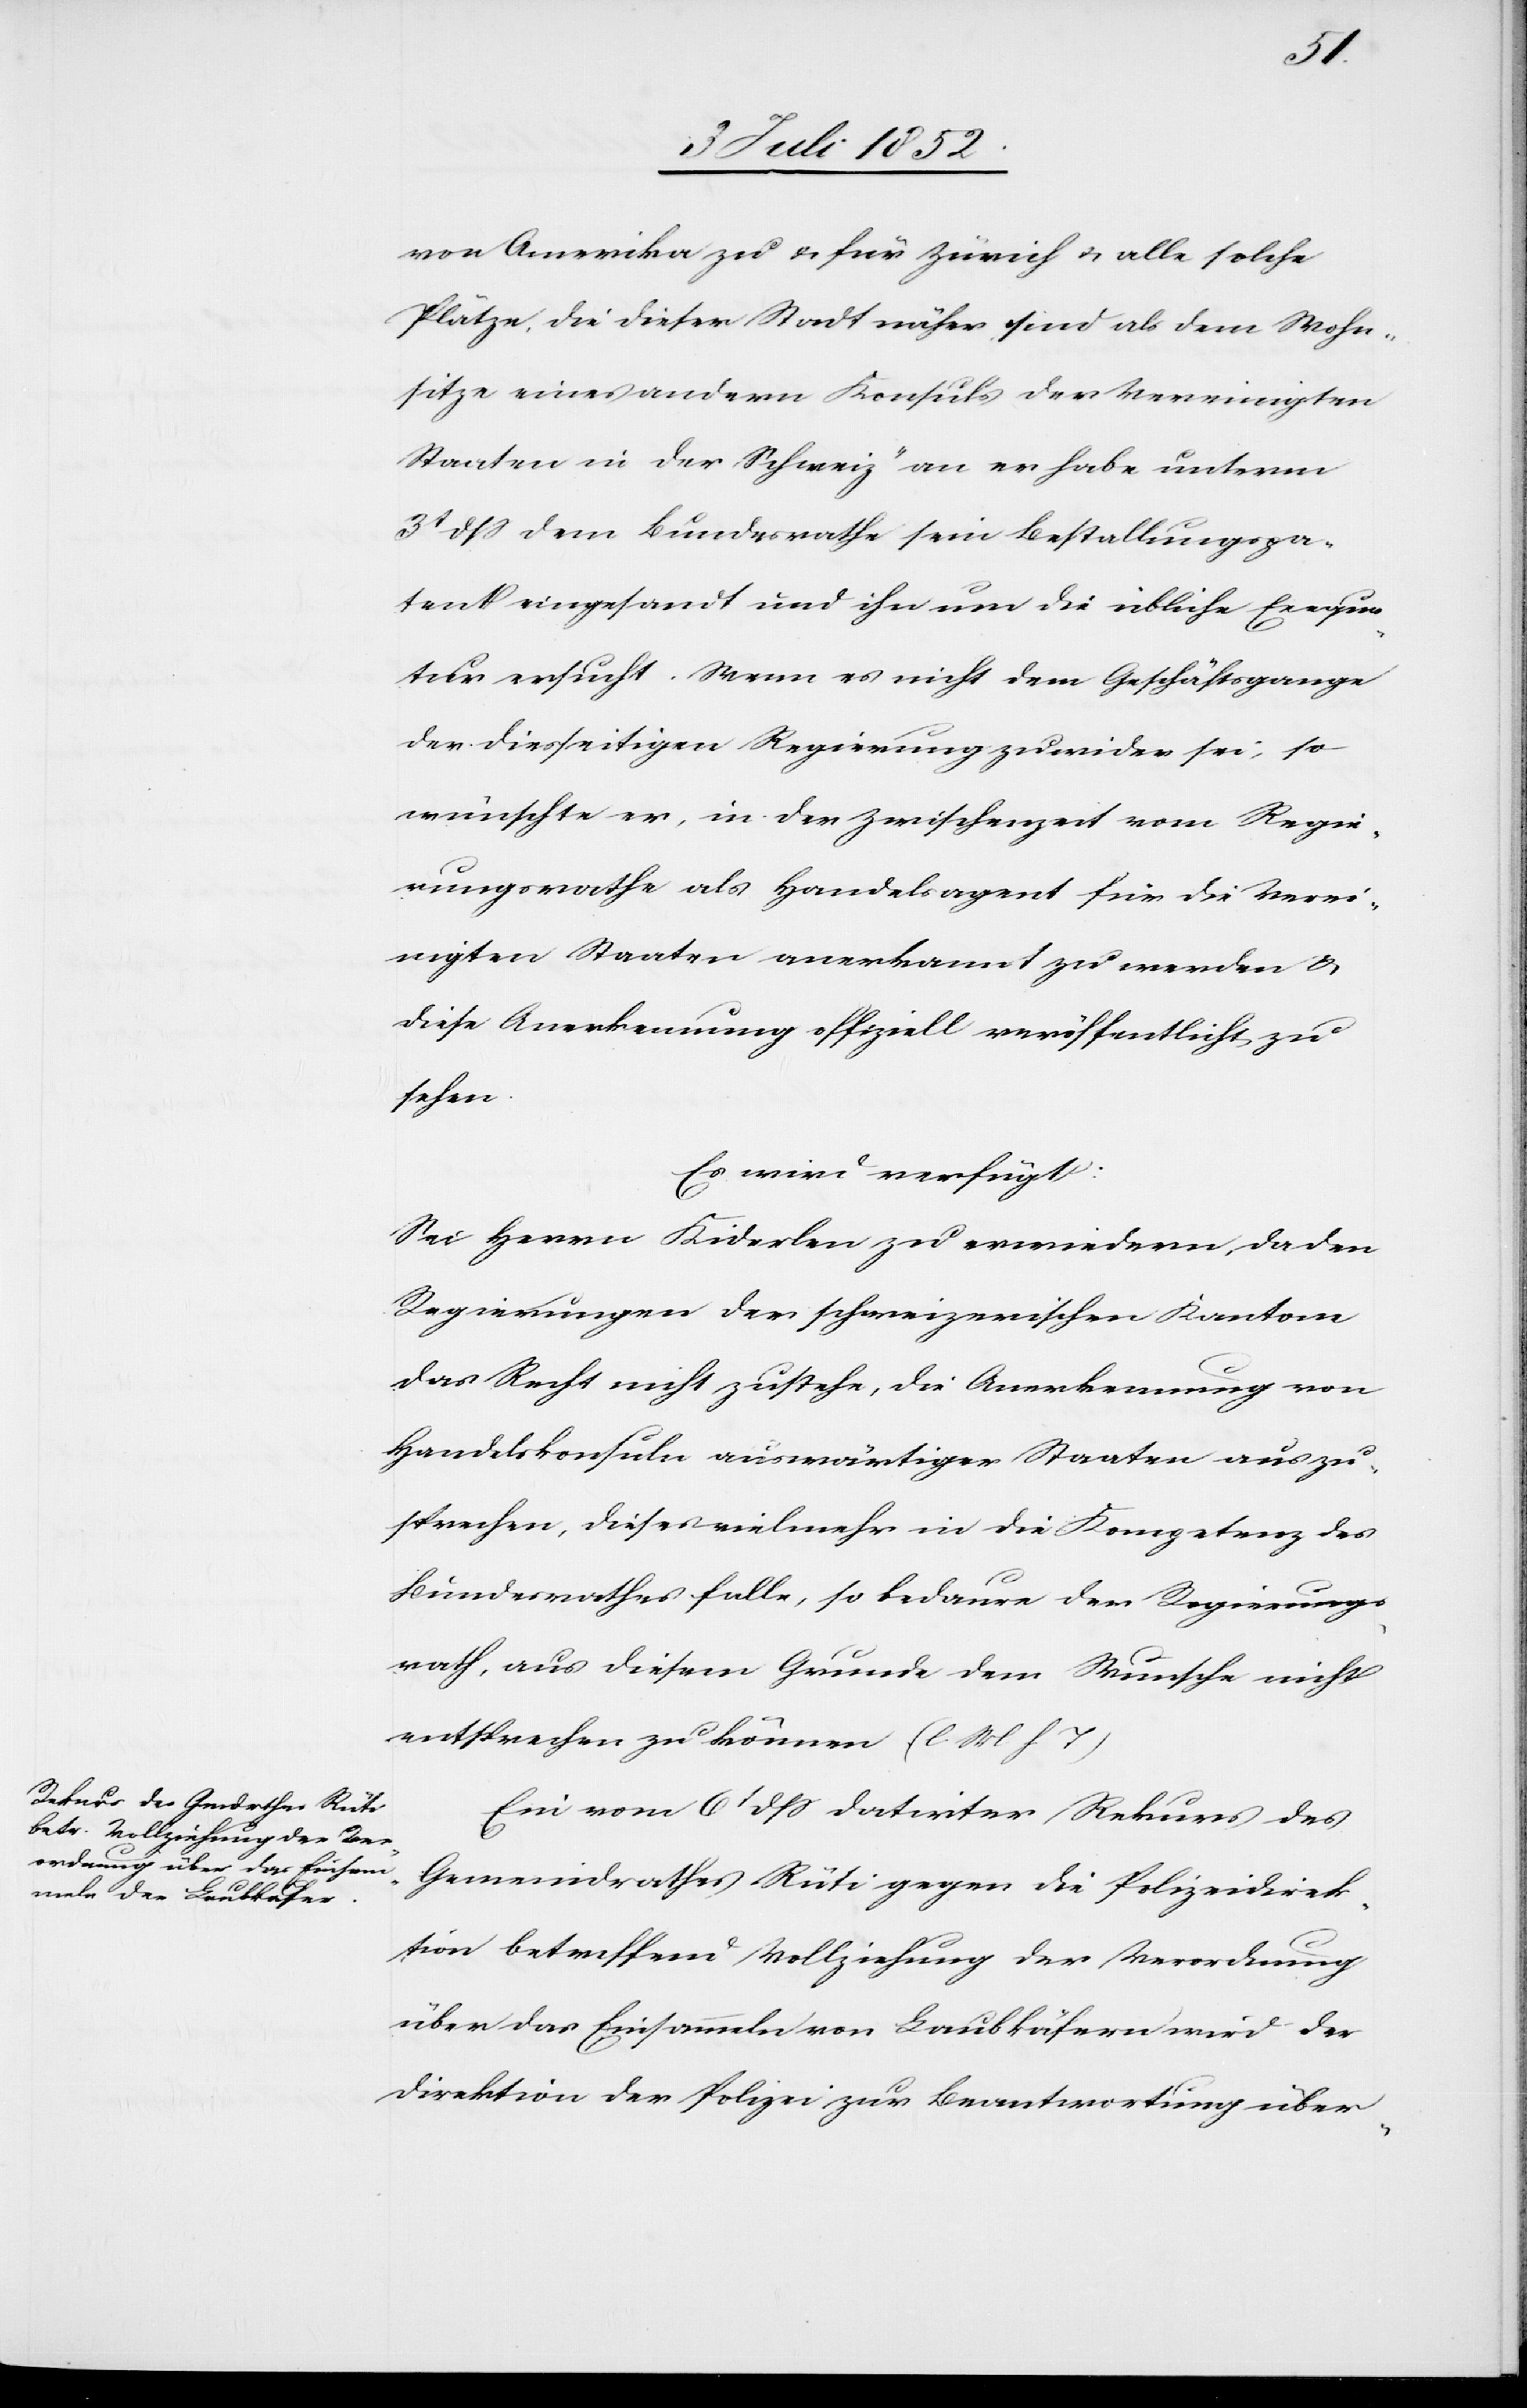
den
6t Juli 1852.]
von Amerika zu & für Zürich & alle solche
Plätze, die dieser Stadt näher sind als dem Wohn¬
sitze eines andern Konsuls der Vereinigten
Staaten in der Schweiz“ an er habe unterm
3t dss dem Bundesrathe sein Bestallungspa¬
tent] eingesandt und ihn um die übliche Exequa¬
tur ersucht. Wenn es nicht dem Geschäftsgange
der diesseitigen Regierung zuwider sei, so
wünschte er, in der Zwischenzeit vom Regie¬
rungsrathe als Handelsagent für die Verei¬
nigten Staaten anerkannt zu werden &
diese Anerkennung offiziell veröffentlicht zu
sehen.
Es wird verfügt:
Sei Herrn Kiderlen zu erwiedern, da den
Regierungen der schweizerischen Kantone
das Recht nicht zustehe, die Anerkennung von
Handelskonsuln auswärtiger Staaten auszu¬
sprechen, dieses vielmehr in die Kompetenz des
Bundesrathes falle, so bedaure der Regierungs¬
rath, aus diesem Grunde dem Wunsche nicht
entsprechen zu können (l. M h. T)[.]
Ein vom 6t dss datirter Rekurs des
Gemeindrathes Rüti gegen die Polizeidirek¬
tion betreffend Vollziehung der Verordnung
über das Einsammeln von Laubkäfern wird der
Direktion der Polizei zur Beantwortung über-